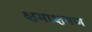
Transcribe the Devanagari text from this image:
क्षमाक्षमण